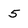
Character: 5